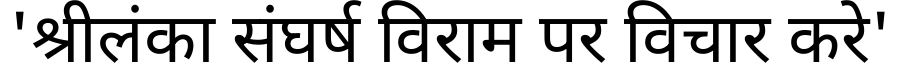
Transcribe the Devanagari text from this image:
'श्रीलंका संघर्ष विराम पर विचार करे'